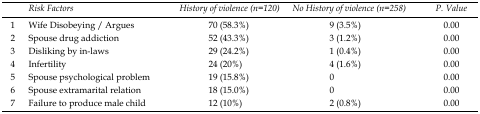
<table><thead><tr><td></td><td><b><i>Risk Factors</i></b></td><td><b><i>History of violence(n=120)</i></b></td><td><b><i>No History of violence(n=258) </i></b></td><td><b><i>P. Value</i></b></td></tr></thead><tbody><tr><td>1</td><td>Wife Disobeying / Argues</td><td>70 (58.3%)</td><td>9 (3.5%)</td><td>0.00</td></tr><tr><td>2</td><td>Spouse drug addiction</td><td>52 (43.3%)</td><td>3 (1.2%)</td><td>0.00</td></tr><tr><td>3</td><td>Disliking by in-laws</td><td>29 (24.2%)</td><td>1 (0.4%)</td><td>0.00</td></tr><tr><td>4</td><td>Infertility</td><td>24 (20%)</td><td>4 (1.6%)</td><td>0.00</td></tr><tr><td>5</td><td>Spouse psychological problem </td><td>19 (15.8%)</td><td>0 </td><td>0.00</td></tr><tr><td>6</td><td>Spouse extramarital relation</td><td>18 (15.0%) </td><td>0 </td><td>0.00</td></tr><tr><td>7</td><td>Failure to produce male child</td><td>12 (10%)</td><td>2 (0.8%)</td><td>0.00</td></tr></tbody></table>